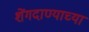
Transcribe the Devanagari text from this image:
शेंगदाण्याच्या